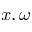
x , \omega